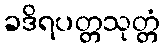
ခဒိရပတ္တသုတ္တံ